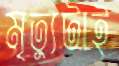
মৃত্যুটাই